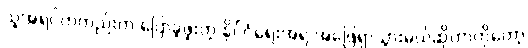
သူအရင်ကတည်းက ပြောခဲ့ဖူးတဲ့ နိုင်ငံရေးအရ အဖြေရှာသွားမယ်ဆိုတာကိုတော့